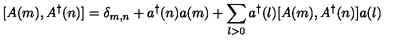
[ A ( m ) , A ^ { \dag } ( n ) ] = \delta _ { m , n } + a ^ { \dag } ( n ) a ( m ) + \sum _ { l > 0 } a ^ { \dag } ( l ) [ A ( m ) , A ^ { \dag } ( n ) ] a ( l )